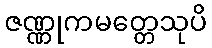
ဇဏ္ဏုကမတ္တေသုပိ